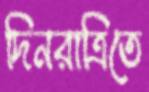
দিনরাত্রিতে